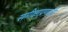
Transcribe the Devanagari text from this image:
समीक्षाप्रणाली